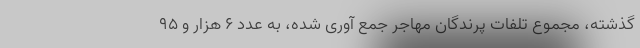
گذشته، مجموع تلفات پرندگان مهاجر جمع آوری شده، به عدد ۶ هزار و ۹۵